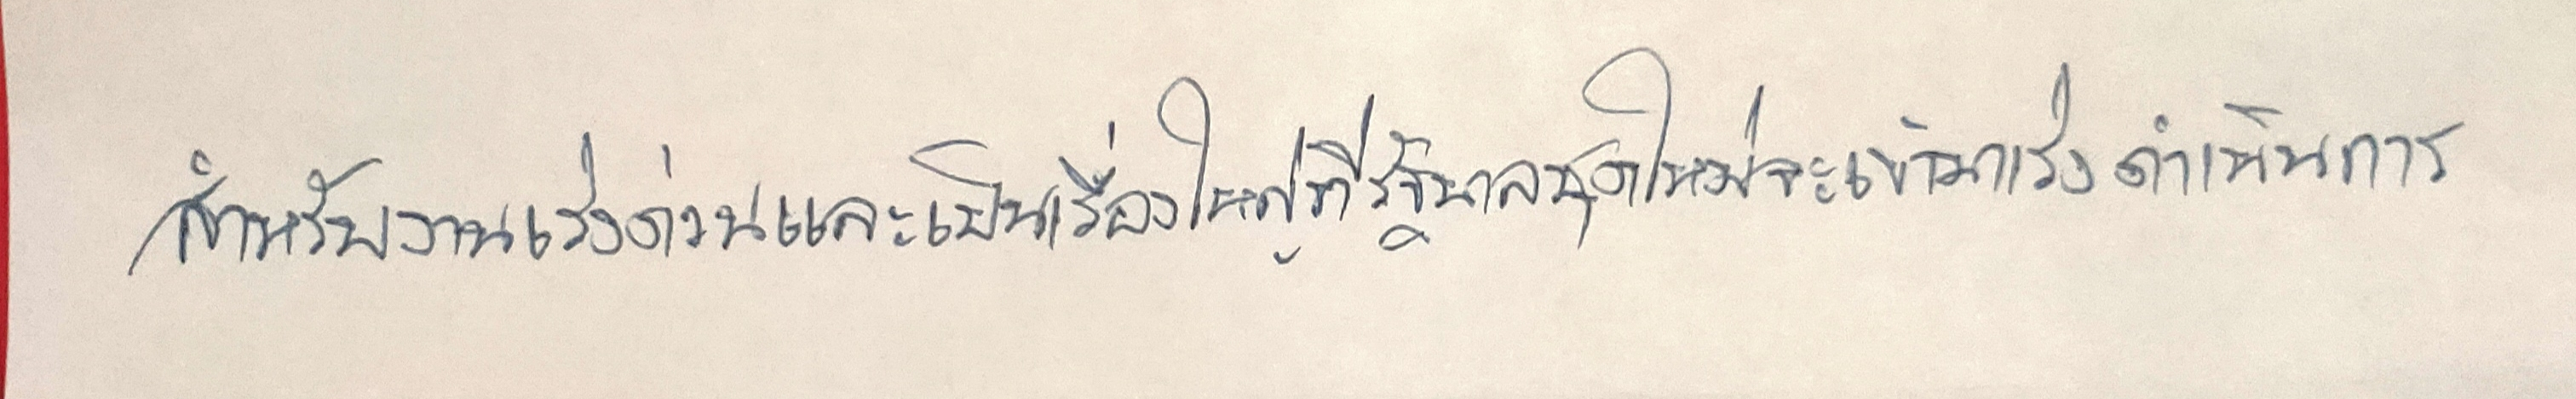
สำหรับงานเร่งด่วนและเป็นเรื่องใหญ่ที่รัฐบาลชุดใหม่จะเข้ามาเร่งดำเนินการ